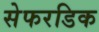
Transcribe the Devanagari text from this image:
सेफरडिक